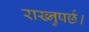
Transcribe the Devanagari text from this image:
राख्नुपर्छ।